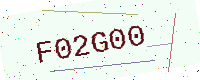
Text: F02G00